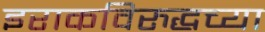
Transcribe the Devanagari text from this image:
इराकविरुद्धच्या